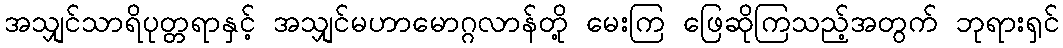
အသျှင်သာရိပုတ္တရာနှင့် အသျှင်မဟာမောဂ္ဂလာန်တို့ မေးကြ ဖြေဆိုကြသည့်အတွက် ဘုရားရှင်